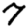
Digit: 7